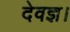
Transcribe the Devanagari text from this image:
देवज्ञ।